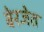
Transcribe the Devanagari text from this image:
बेरजेत